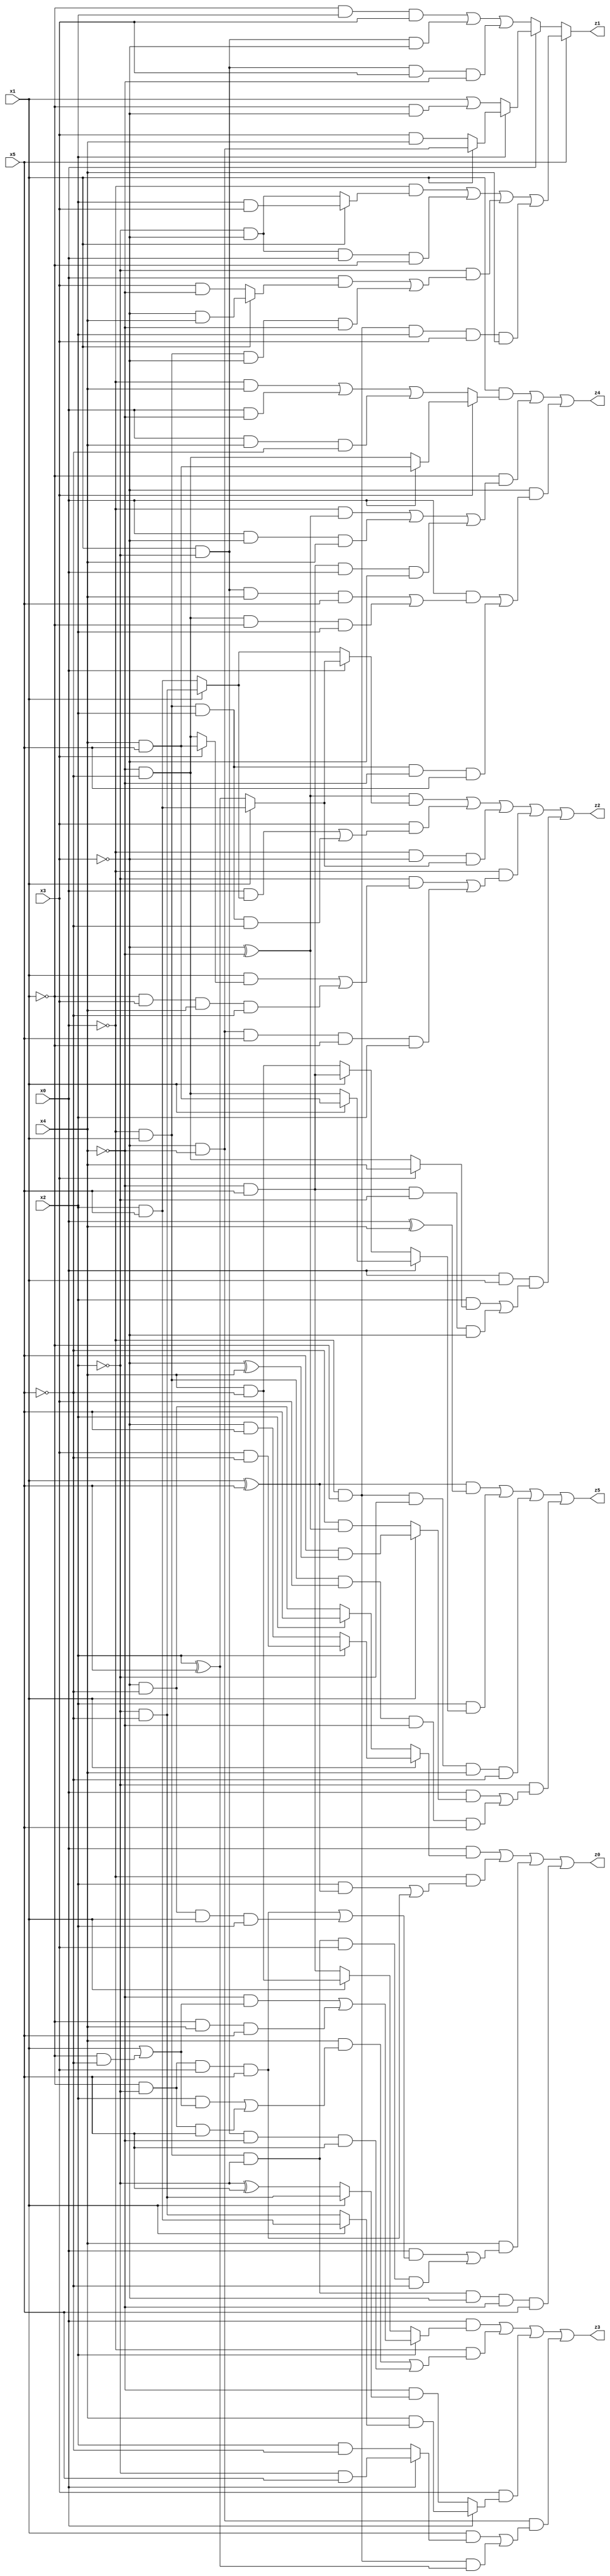
// Benchmark "X_47" written by ABC on Wed Jun 07 23:39:13 2023

module X_47 ( 
    x0, x1, x2, x3, x4, x5,
    z0, z1, z2, z3, z4, z5  );
  input  x0, x1, x2, x3, x4, x5;
  output z0, z1, z2, z3, z4, z5;
  assign z0 = (x0 & (x1 ? (x2 ? (x3 & ~x5) : (~x3 & x5)) : (x2 ? x5 : (~x3 & ~x5)))) | (~x0 & ((x2 & (x1 ^ x5)) | (~x1 & ~x2 & x3 & x5))) | (x4 & ((x0 & ((~x1 & ~x2 & x3 & x5) | (~x3 & ~x5 & x1 & x2))) | (~x0 & x1 & ~x2 & x3 & ~x5))) | (~x0 & x1 & ~x2 & ~x3 & ~x4 & x5);
  assign z1 = x5 ? ((~x0 & (x1 ? (x2 & x3) : (~x2 & ~x3))) | (~x2 & ~x3 & x0 & ~x1) | (~x2 & ((x0 & (x1 ? (~x3 & x4) : (x3 & ~x4))) | (~x0 & x1 & ~x3 & ~x4))) | (~x0 & ~x1 & x2 & x3 & x4)) : (x0 ? (x2 ? (x1 ? (~x3 & ~x4) : (x3 & x4)) : (x1 | (~x1 & ~x3))) : ((~x1 & x2 & x3) | (x1 & ~x2 & ~x3) | (x1 & ~x2 & x3 & ~x4)));
  assign z2 = ((~x3 ^ ~x4) & (x0 ? (x1 ? (x2 & x5) : (x2 ^ x5)) : (x1 ? (~x2 & ~x5) : (x2 & x5)))) | (x3 & ((x0 & (x1 ? (~x2 & ~x5) : (x2 & x5))) | (~x0 & x1 & x2 & ~x5))) | (~x0 & ~x3 & (x1 ? (x2 & x5) : (x2 ^ x5))) | (~x0 & ((~x2 & ((x1 & (x3 ? (x4 & x5) : (~x4 & ~x5))) | (~x1 & x3 & x4 & ~x5))) | (~x3 & ~x4 & x5 & ~x1 & x2))) | (x0 & x1 & ((x2 & (x3 ? x4 : (~x4 & ~x5))) | (~x4 & x5 & ~x2 & ~x3)));
  assign z3 = (x0 & (x2 ? ((~x4 & (x1 | (~x1 & ~x5))) | (~x1 & x4 & x5)) : (x1 ? (x4 & ~x5) : (~x4 & x5)))) | (~x0 & ((x4 & ((x2 & (x1 | (~x1 & ~x5))) | (~x1 & ~x2 & x5))) | (x1 & ~x2 & ~x4 & x5))) | (x3 & (x0 ? (x4 & (x1 ? (x2 & x5) : (~x2 & ~x5))) : (~x4 & (x1 ? (~x2 & ~x5) : (~x2 ^ x5))))) | (~x3 & ~x4 & ((x1 & (x0 ? (~x2 & x5) : (x2 & ~x5))) | (~x0 & ~x1 & (x2 ^ x5))));
  assign z4 = (x1 & (x3 ? (x0 ? (x4 & x5) : (~x4 & ~x5)) : ((~x0 & x4) | (x0 & ~x4) | (x0 & x4 & ~x5)))) | (~x1 & ((~x0 & (~x3 ^ ~x4)) | (x0 & ~x3 & x4) | (~x4 & x5 & x0 & ~x3))) | (~x3 & ((x0 & ((x1 & ~x2 & x4 & x5) | (~x4 & ~x5 & ~x1 & x2))) | (~x0 & x1 & x2 & ~x4 & x5)));
  assign z5 = ((x1 ^ x5) & (x0 ^ x4)) | (x2 & (x0 ? (x1 ? (x4 & x5) : (~x4 & ~x5)) : (x1 ? (~x4 & x5) : (x4 & ~x5)))) | (~x0 & ~x1 & ~x2 & x4 & ~x5) | (~x2 & ((x0 & (x1 ? (x5 & (~x3 ^ x4)) : (~x5 & (~x3 ^ ~x4)))) | (~x0 & x1 & x3 & ~x4 & x5)));
endmodule